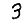
Digit: 3